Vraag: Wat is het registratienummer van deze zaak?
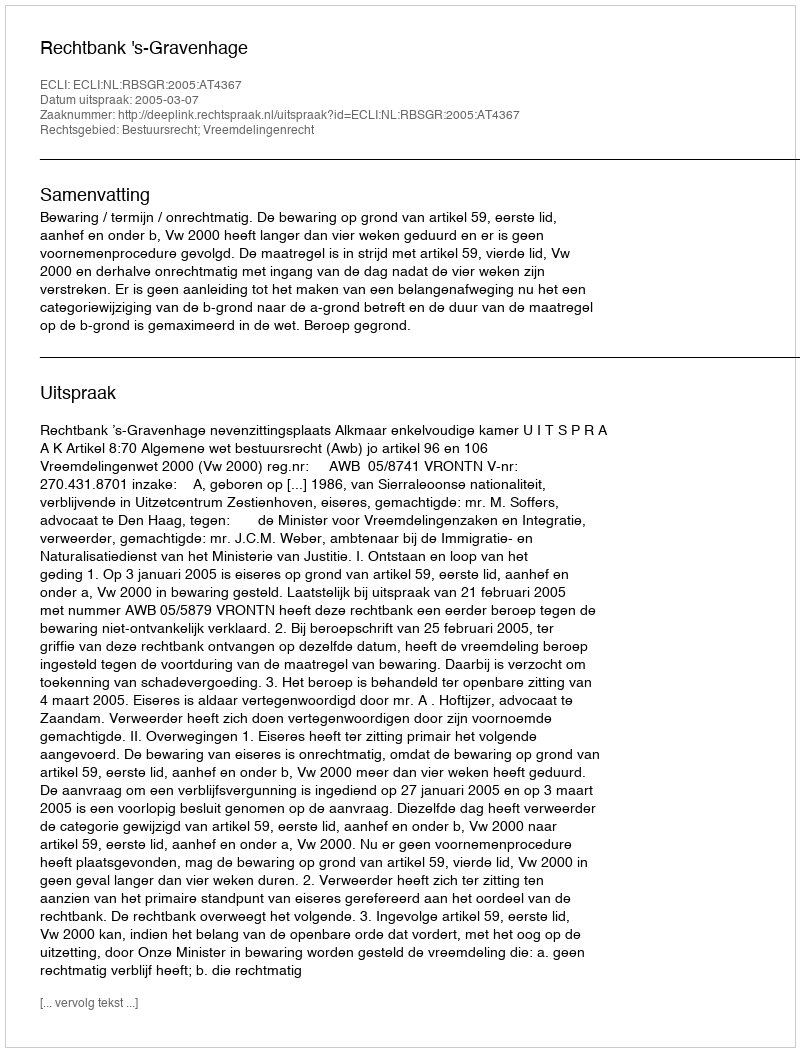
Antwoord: http://deeplink.rechtspraak.nl/uitspraak?id=ECLI:NL:RBSGR:2005:AT4367